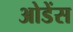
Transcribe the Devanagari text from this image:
ओडेंस